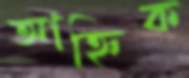
আহ্নিক